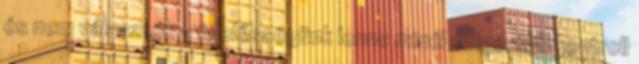
és nem választók - felelősségünk lenne minél szigorúbb kontroll